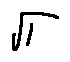
\sqrt { 1 }